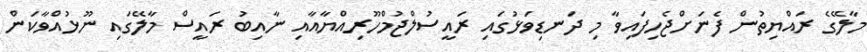
މާލޭގެ ރައްޔިތުން ފެނަށްޖެހިފައިވާ މި ދަނޑިވަޅުގައި ރައީސުލްޖުމްހޫރިއްޔާއާއި ނާއިބު ރައީސް މާލޭގައި ނޫޅުއްވާކަން